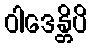
ဝါဒေန္တိပိ